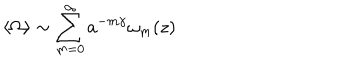
LaTeX: \langle \Omega \rangle \sim \sum _ { m = 0 } ^ { \infty } a ^ { - m \gamma } \omega _ { m } ( z )